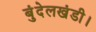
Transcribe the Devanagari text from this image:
बुंदेलखंडी।